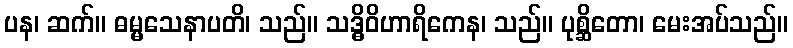
ပန၊ ဆက်။ ဓမ္မသေနာပတိ၊ သည်။ သဒ္ဓိဝိဟာရိကေန၊ သည်။ ပုစ္ဆိတော၊ မေးအပ်သည်။